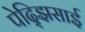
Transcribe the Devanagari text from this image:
पेद्झिसाई